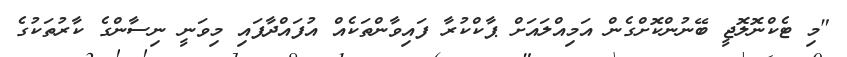
"މި ޓެކްނޮލޮޖީ ބޭނުންކޮށްގެން އަމިއްލައަށް ޕާކްކުރާ ފައިވާންތަކެއް އުފައްދާފައި މިވަނީ ނިސާންގެ ކާރުތަކުގެ